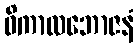
ဝိကာလဘောဇနံ